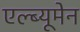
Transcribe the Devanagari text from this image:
एल्ब्यूमेन